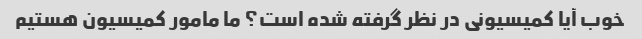
خوب آیا کمیسیونی در نظر گرفته شده است؟ ما مامور کمیسیون هستیم